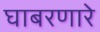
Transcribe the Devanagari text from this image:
घाबरणारे